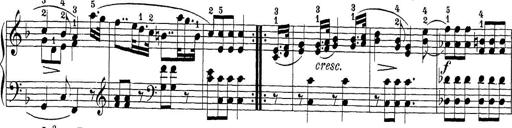
Title: Sonatina Album
Composer: Louis KÃ¶hler